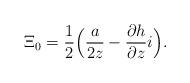
LaTeX: \begin{align*}\Xi_0=\frac 12 \Bigl ( \frac a{2z}-\frac{\partial h}{\partial z}i \Bigr).\end{align*}